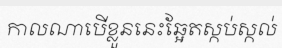
កាលណាបើខ្លួននេះឆ្អែតស្កប់ស្កល់